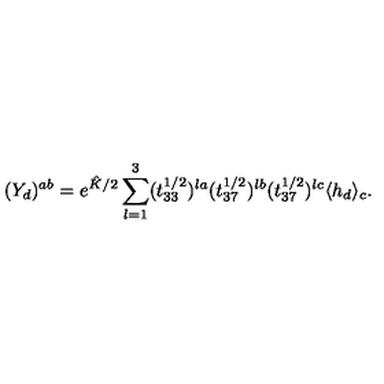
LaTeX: ( Y _ { d } ) ^ { a b } = e ^ { \hat { K } / 2 } \sum _ { l = 1 } ^ { 3 } ( t _ { 3 3 } ^ { 1 / 2 } ) ^ { l a } ( t _ { 3 7 } ^ { 1 / 2 } ) ^ { l b } ( t _ { 3 7 } ^ { 1 / 2 } ) ^ { l c } \langle h _ { d } \rangle _ { c } .